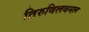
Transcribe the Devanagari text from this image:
तिरुविलवमल